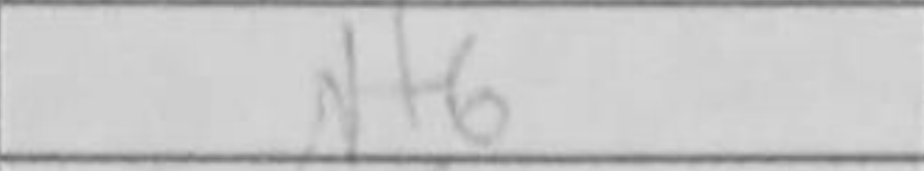
Transcription: Nf6